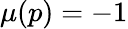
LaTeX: \mu(p)=-1